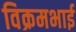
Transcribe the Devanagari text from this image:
विक्रमभाई